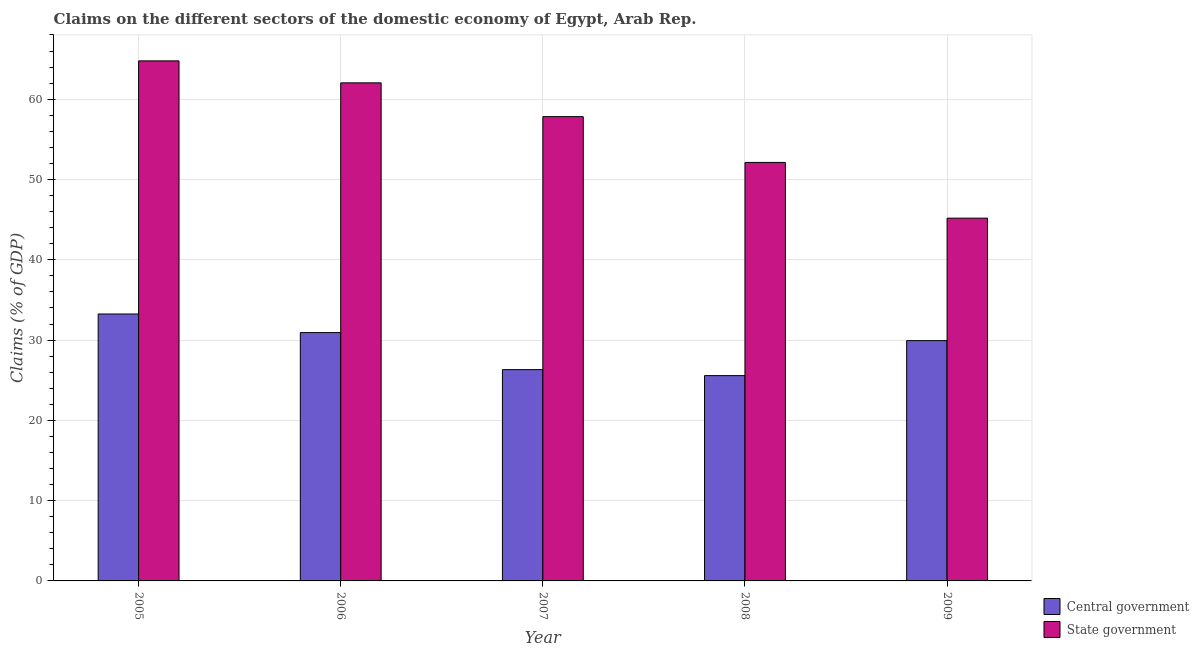
| Year | Central government | State government |
 | --- | --- | --- |
 | 2005 | 33.2 | 64.8 |
 | 2006 | 30.9 | 62 |
 | 2007 | 26.3 | 57.8 |
 | 2008 | 25.6 | 52.1 |
 | 2009 | 29.9 | 45.2 |